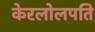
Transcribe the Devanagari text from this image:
केरलोलपति